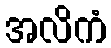
အလိကံ